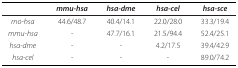
<table><thead><tr><td></td><td><b><i>mmu-hsa</i></b></td><td><b><i>hsa-dme</i></b></td><td><b><i>hsa-cel</i></b></td><td><b><i>hsa-sce</i></b></td></tr></thead><tbody><tr><td><i>rno-hsa</i></td><td>44.6/48.7</td><td>40.4/14.1</td><td>22.0/28.0</td><td>33.3/19.4</td></tr><tr><td><i>mmu-hsa</i></td><td>-</td><td>47.7/16.1</td><td>21.5/94.4</td><td>52.4/25.1</td></tr><tr><td><i>hsa-dme</i></td><td>-</td><td>-</td><td>4.2/17.5</td><td>39.4/42.9</td></tr><tr><td><i>hsa-cel</i></td><td>-</td><td>-</td><td>-</td><td>89.0/74.2</td></tr></tbody></table>